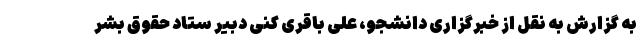
به گزارش به نقل از خبرگزاری دانشجو، علی باقری کنی دبیر ستاد حقوق بشر